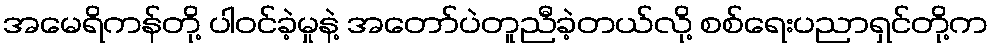
အမေရိကန်တို့ ပါဝင်ခဲ့မှုနဲ့ အတော်ပဲတူညီခဲ့တယ်လို့ စစ်ရေးပညာရှင်တို့က